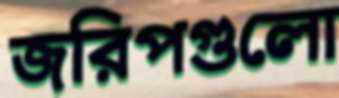
জরিপগুলো